Vaccination Hyderabad 1890-1903 - 1890-1903
Year: 1890
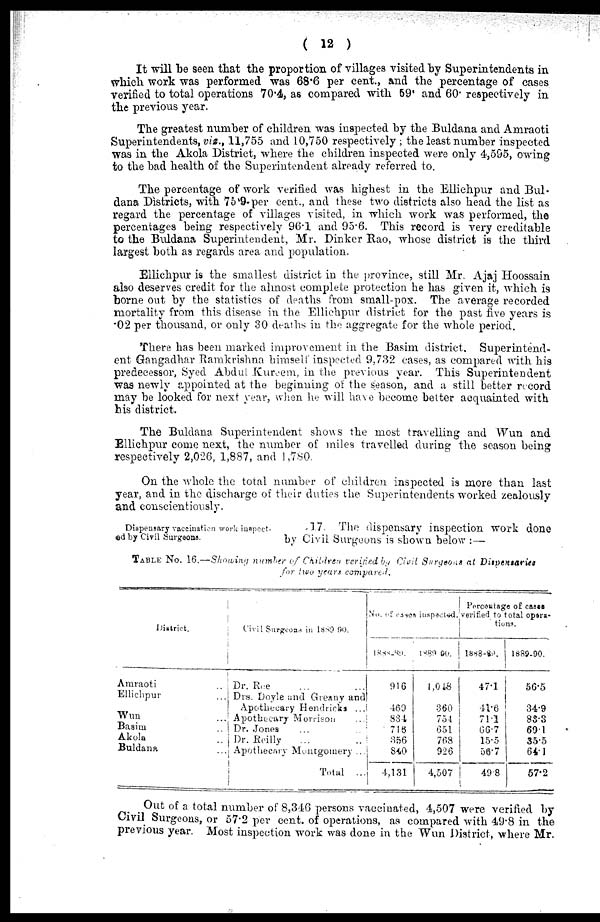
( 12 )
It will be seen that the proportion of villages visited by Superintendents in
which work was performed was 68.6 per cent., and the percentage of cases
verified to total operations 70.4, as compared with 59. and 60. respectively in
the previous year.
The greatest number of children was inspected by the Buldana and Amraoti
Superintendents, viz., 11,755 and 10,750 respectively ; the least number inspected
was in the Akola District, where the children inspected were only 4,595, owing
to the bad health of the Superintendent already referred to.
The percentage of work verified was highest in the Ellichpur and Bul-
dana Districts, with 75.9-per cent., and these two districts also head the list as
regard the percentage of villages visited, in which work was performed, the
percentages being respectively 96.1 and 95.6. This record is very creditable
to the Buldana Superintendent, Mr. Dinker Rao, whose district is the third
largest both as regards area and population.
Ellichpur is the smallest district in the province, still Mr. Ajaj Hoossain
also deserves credit for the almost complete protection he has given it, which is
borne out by the statistics of deaths from small-pox. The average recorded
mortality from this disease in the Ellichpur district for the past five years is
.02 per thousand, or only 30 deaths in the aggregate for the whole period.
There has been marked improvement in the Basim district. Superintend-
ent Gangadhar Ramkrishna himself inspected 9,732 cases, as compared with his
predecessor, Syed Abdul Kureem, in the previous year. This Superintendent
was newly appointed at the beginning of the season, and a still better record
may be looked for next year, when he will have become better acquainted with
his district.
The Buldana Superintendent shows the most travelling and Wun and
Ellichpur come next, the number of miles travelled during the season being
respectively 2,026, 1,887, and 1,780.
On the whole the total number of children inspected is more than last
year, and in the discharge of their duties the Superintendents worked zealously
and conscientiously.
Dispensary vaccination work inspect¬
ed by Civil Surgeons.
17. The dispensary inspection work done
by Civil Surgeons is shown below :—
TABLE No. 16.—Showing number of Children verified by Civil Surgeons at Dispensaries
for two years compared.
District.
Amraoti ...
Ellichpur ...
Wun ...
Basim ...
Akola ...
Buldana ...
Civil Surgeons in l889-90.
Dr. Roe ... ...
Drs. Doyle and Greany and
Apothecary Hendricks ...
Apothecary Morrison ...
Dr. Jones ... ...
Dr. Reilly ... ...
Apothecary Montgomery ...
Total ...
No. of cases inspected.
1888-89.
916
.469
834
716
356
840
4,131
1889-90
1,018
360
754
651
768
926
4,507
Percentage of cases
verified to total opera¬
tions.
1888-89.
47.1
41.6
71.1
66.7
15.5
56.7
498
1889-90.
56.5
34.9
83.3
69.1
35.5
64.1
57.2
Out of a total number of 8,346 persons vaccinated, 4,507 were verified by
Civil Surgeons, or 57.2 per cent. of operations, as compared with 49.8 in the
previous year. Most inspection work was done in the Wun District, where Mr.